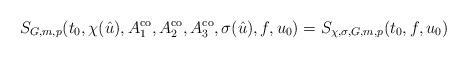
LaTeX: \begin{align*} S_{G,m,p}(t_0,\chi(\hat{u}),A_1^{\operatorname{co}}, A_2^{\operatorname{co}},A_3^{\operatorname{co}}, \sigma(\hat{u}), f, u_0) = S_{\chi,\sigma,G, m, p}(t_0, f, u_0)\end{align*}